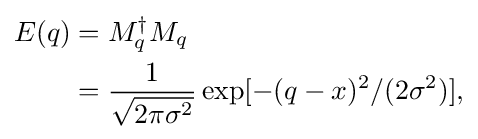
{\begin{aligned}E(q)&=M_{q}^{\dagger }M_{q}\\&={\frac {1}{\sqrt {2\pi \sigma ^{2}}}}\exp[-(q-x)^{2}/(2\sigma ^{2})],\end{aligned}}